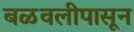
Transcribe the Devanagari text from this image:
बळवलीपासून